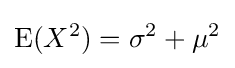
\operatorname {E} (X^{2})=\sigma ^{2}+\mu ^{2}